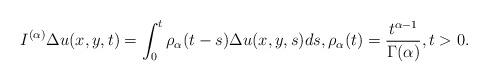
LaTeX: \begin{align*} I^{(\alpha)}\Delta u(x,y,t)=\int^t_0\rho_\alpha(t-s)\Delta u(x,y,s)ds,\rho_\alpha(t)=\frac{t^{\alpha-1}}{\Gamma(\alpha)},t> 0. \end{align*}